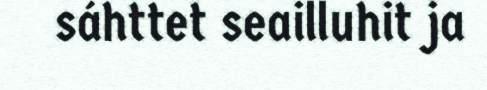
sáhttet seailluhit ja